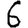
Digit: 6